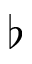
\flat